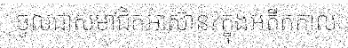
ចូលជាសមាជិកអាស៊ាន?ក្នុងអតីតកាល